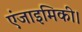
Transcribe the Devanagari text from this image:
एंजाइमिकी।